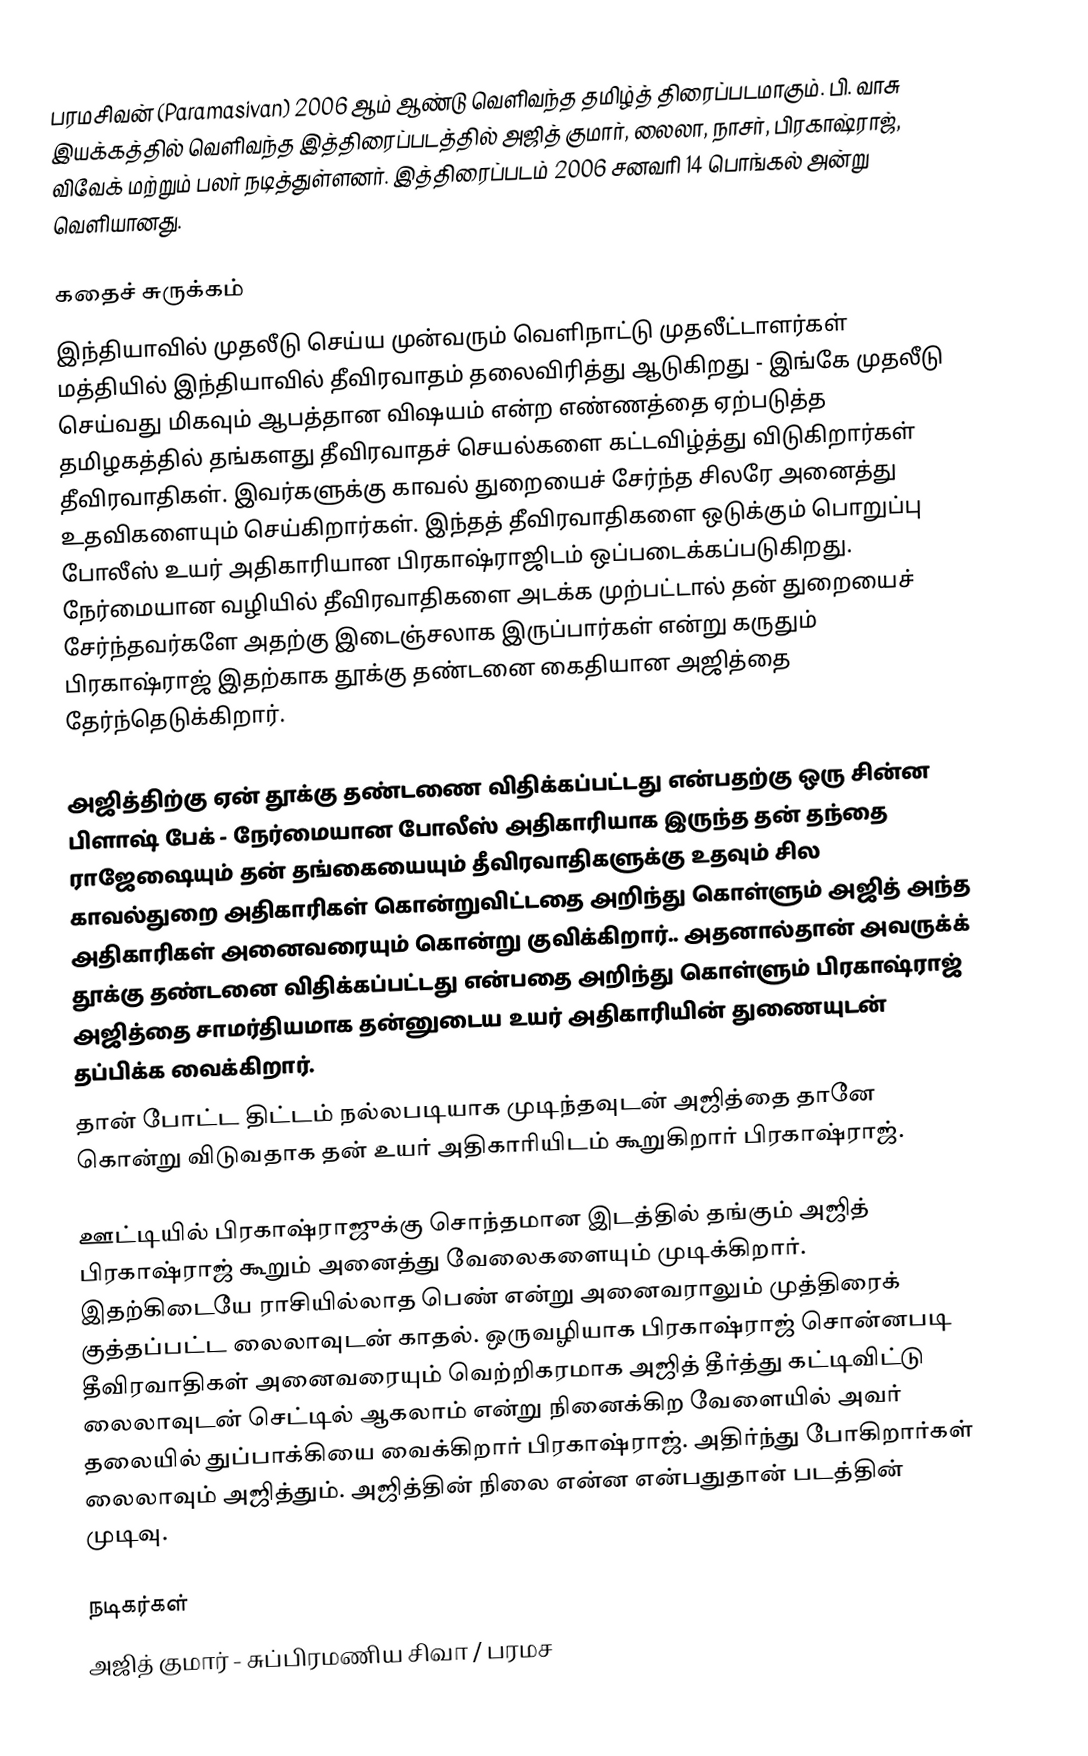
பரமசிவன் (Paramasivan) 2006 ஆம் ஆண்டு வெளிவந்த தமிழ்த் திரைப்படமாகும். பி. வாசு இயக்கத்தில் வெளிவந்த இத்திரைப்படத்தில் அஜித் குமார், லைலா, நாசர், பிரகாஷ்ராஜ், விவேக் மற்றும் பலர் நடித்துள்ளனர். இத்திரைப்படம் 2006 சனவரி 14 பொங்கல் அன்று வெளியானது.

கதைச் சுருக்கம்
இந்தியாவில் முதலீடு செய்ய முன்வரும் வெளிநாட்டு முதலீட்டாளர்கள் மத்தியில் இந்தியாவில் தீவிரவாதம் தலைவிரித்து ஆடுகிறது - இங்கே முதலீடு செய்வது மிகவும் ஆபத்தான விஷயம் என்ற எண்ணத்தை ஏற்படுத்த தமிழகத்தில் தங்களது தீவிரவாதச் செயல்களை கட்டவிழ்த்து விடுகிறார்கள் தீவிரவாதிகள். இவர்களுக்கு காவல் துறையைச் சேர்ந்த சிலரே அனைத்து உதவிகளையும் செய்கிறார்கள். இந்தத் தீவிரவாதிகளை ஒடுக்கும் பொறுப்பு போலீஸ் உயர் அதிகாரியான பிரகாஷ்ராஜிடம் ஒப்படைக்கப்படுகிறது. நேர்மையான வழியில் தீவிரவாதிகளை அடக்க முற்பட்டால் தன் துறையைச் சேர்ந்தவர்களே அதற்கு இடைஞ்சலாக இருப்பார்கள் என்று கருதும் பிரகாஷ்ராஜ் இதற்காக தூக்கு தண்டனை கைதியான அஜித்தை தேர்ந்தெடுக்கிறார்.

அஜித்திற்கு ஏன் தூக்கு தண்டணை விதிக்கப்பட்டது என்பதற்கு ஒரு சின்ன பிளாஷ் பேக் - நேர்மையான போலீஸ் அதிகாரியாக இருந்த தன் தந்தை ராஜேஷையும் தன் தங்கையையும் தீவிரவாதிகளுக்கு உதவும் சில காவல்துறை அதிகாரிகள் கொன்றுவிட்டதை அறிந்து கொள்ளும் அஜித் அந்த அதிகாரிகள் அனைவரையும் கொன்று குவிக்கிறார்.. அதனால்தான் அவருக்க் தூக்கு தண்டனை விதிக்கப்பட்டது என்பதை அறிந்து கொள்ளும் பிரகாஷ்ராஜ் அஜித்தை சாமர்தியமாக தன்னுடைய உயர் அதிகாரியின் துணையுடன் தப்பிக்க வைக்கிறார்.
தான் போட்ட திட்டம் நல்லபடியாக முடிந்தவுடன் அஜித்தை தானே கொன்று விடுவதாக தன் உயர் அதிகாரியிடம் கூறுகிறார் பிரகாஷ்ராஜ்.

ஊட்டியில் பிரகாஷ்ராஜுக்கு சொந்தமான இடத்தில் தங்கும் அஜித் பிரகாஷ்ராஜ் கூறும் அனைத்து வேலைகளையும் முடிக்கிறார். இதற்கிடையே ராசியில்லாத பெண் என்று அனைவராலும் முத்திரைக் குத்தப்பட்ட லைலாவுடன் காதல். ஒருவழியாக பிரகாஷ்ராஜ் சொன்னபடி தீவிரவாதிகள் அனைவரையும் வெற்றிகரமாக அஜித் தீர்த்து கட்டிவிட்டு லைலாவுடன் செட்டில் ஆகலாம் என்று நினைக்கிற வேளையில் அவர் தலையில் துப்பாக்கியை வைக்கிறார் பிரகாஷ்ராஜ். அதிர்ந்து போகிறார்கள் லைலாவும் அஜித்தும். அஜித்தின் நிலை என்ன என்பதுதான் படத்தின் முடிவு.

நடிகர்கள்
 அஜித் குமார் - சுப்பிரமணிய சிவா / பரமச